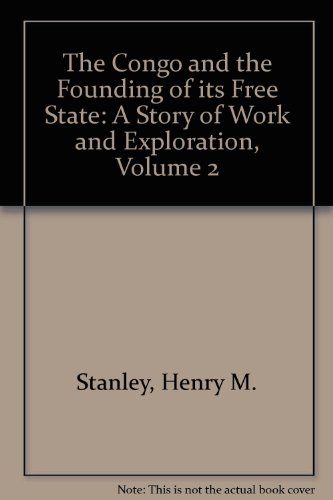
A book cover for The Congo and the founding of its free state: A story of work and exploration. With over one hundred full-page and smaller illustrations, two large maps, and several smaller ones; Henry M Stanley; Travel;